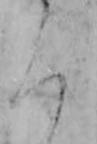
ろ